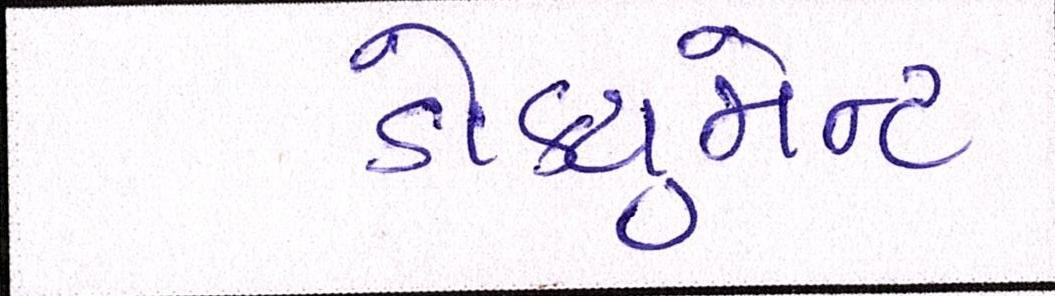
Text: ડોક્યુમેન્ટ